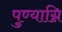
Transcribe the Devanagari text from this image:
पुण्याग्नि